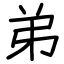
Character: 弟